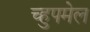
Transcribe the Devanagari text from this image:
च्हुपमेल